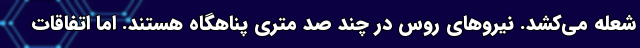
شعله می‌کشد. نیروهای روس در چند صد متری پناهگاه هستند. اما اتفاقات